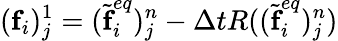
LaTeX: (\textbf{f}_{i})_{j}^{1}=(\widetilde{\textbf{f}}_{i}^{eq})_{j}^{n}-\Delta tR((\widetilde{\textbf{f}}_{i}^{eq})_{j}^{n})